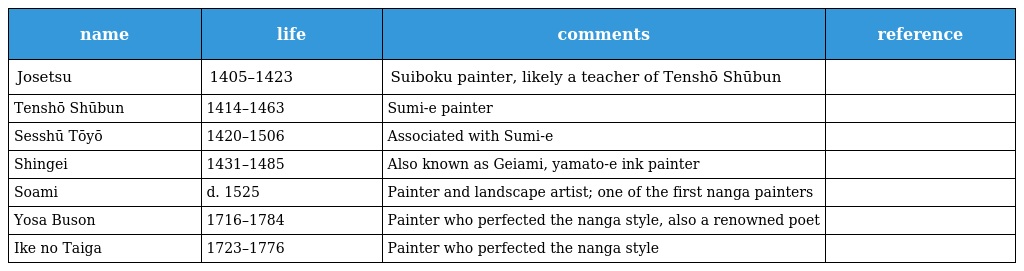
| name | life | comments | reference |
 | --- | --- | --- | --- |
 | Josetsu | 1405–1423 | Suiboku painter, likely a teacher of Tenshō Shūbun |  |
 | Tenshō Shūbun | 1414–1463 | Sumi-e painter |  |
 | Sesshū Tōyō | 1420–1506 | Associated with Sumi-e |  |
 | Shingei | 1431–1485 | Also known as Geiami, yamato-e ink painter |  |
 | Soami | d. 1525 | Painter and landscape artist; one of the first nanga painters |  |
 | Yosa Buson | 1716–1784 | Painter who perfected the nanga style, also a renowned poet |  |
 | Ike no Taiga | 1723–1776 | Painter who perfected the nanga style |  |